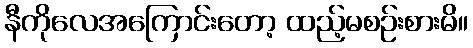
နီကိုလေအကြောင်းတော့ ထည့်မစဉ်းစားမိ။